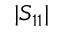
| S _ { 1 1 } |